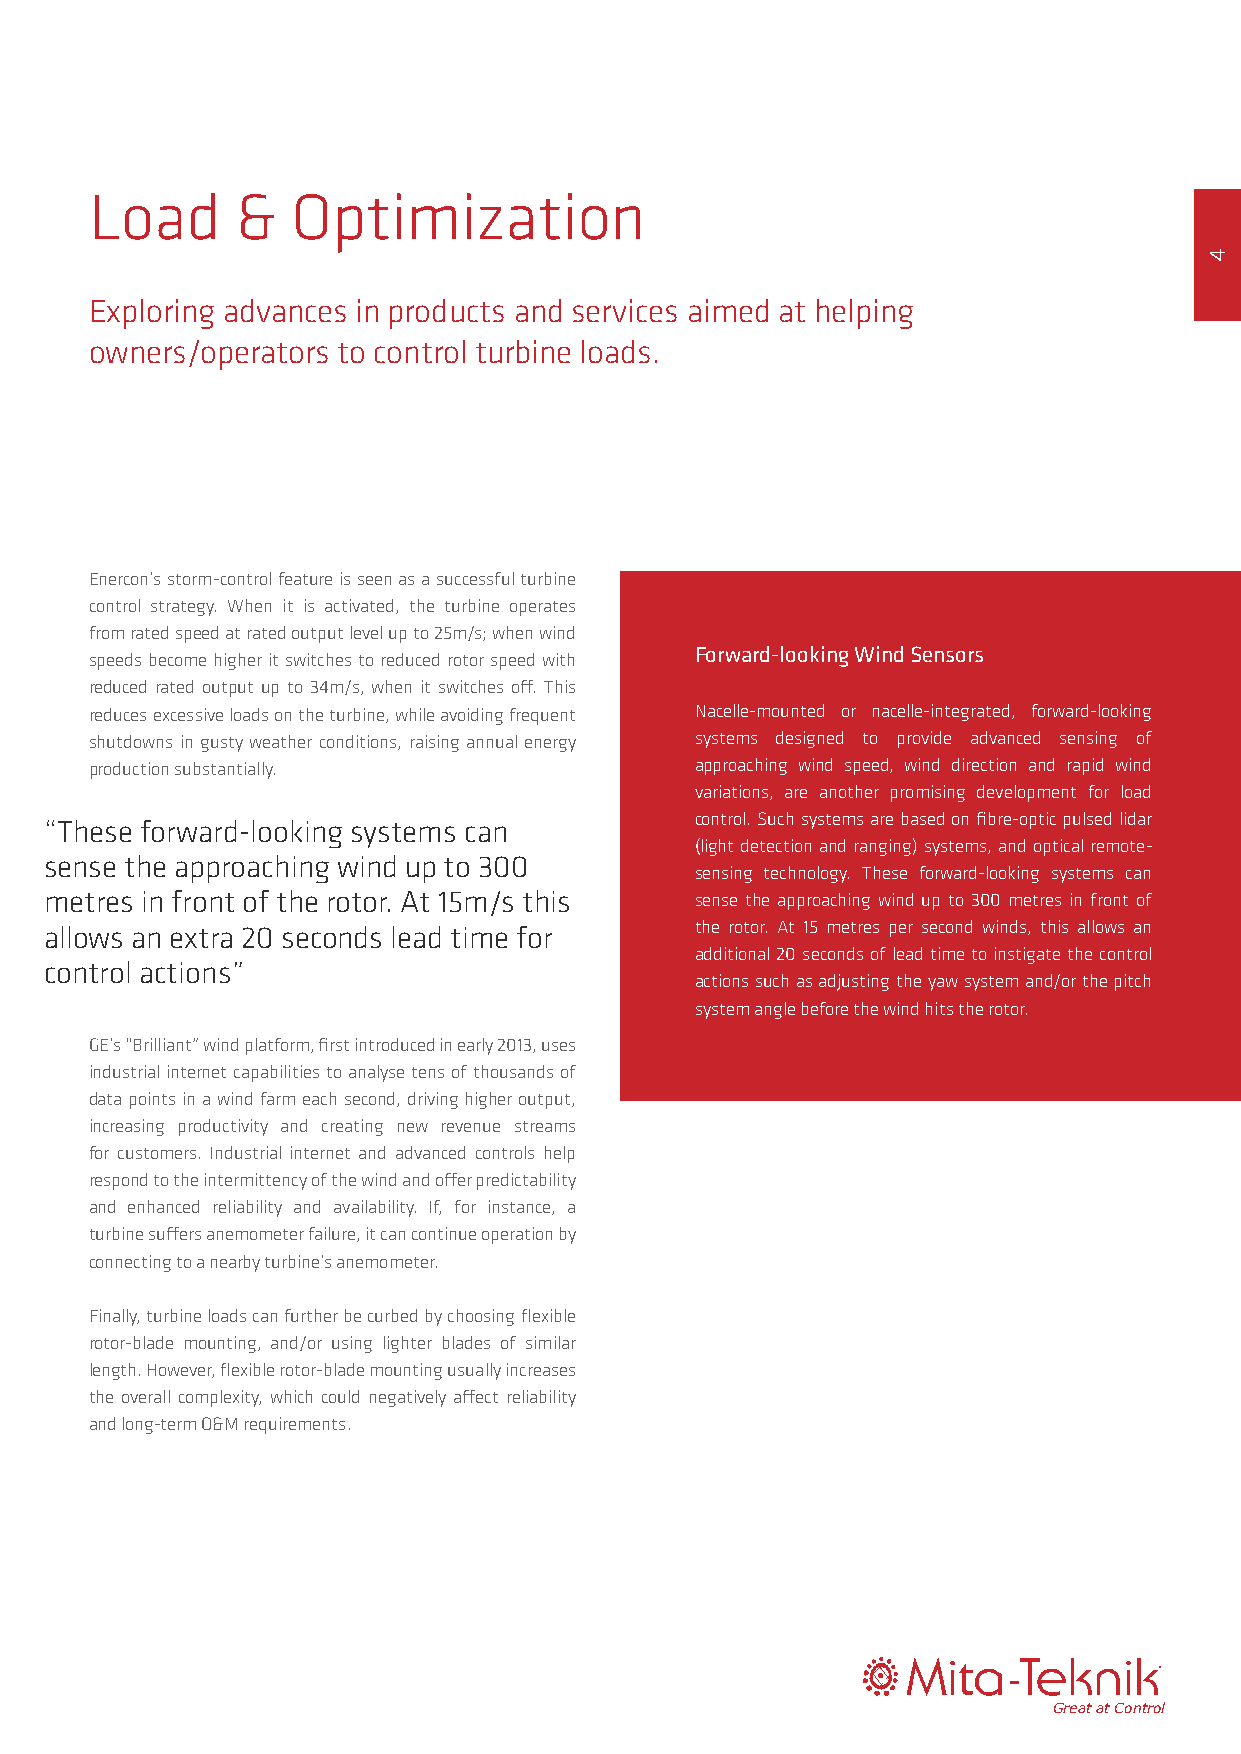
Load      &  Optimization
 Exploring advances in products and services aimed at helping
 owners/operators to control turbine loads.
 Enercon’s storm-control feature is seen as a successful turbine
 control strategy. When it is activated, the turbine operates
 from rated speed at rated output level up to 25m/s; when wind
 Forward-looking Wind Sensors
 speeds become higher it switches to reduced rotor speed with
 reduced rated output up to 34m/s, when it switches off. This
 reduces excessive loads on the turbine, while avoiding frequent Nacelle-mounted or nacelle-integrated, forward-looking
 shutdowns in gusty weather conditions, raising annual energy systems designed to provide advanced sensing of
 production substantially.               approaching wind speed, wind direction and rapid wind
 variations, are another promising development for load
 control. Such systems are based on fibre-optic pulsed lidar
 “These forward-looking systems can
 (light detection and ranging) systems, and optical remote-
 sense the approaching wind up to 300
 sensing technology. These forward-looking systems can
 metres in front of the rotor. At 15m/s this sense the approaching wind up to 300 metres in front of
 allows an extra 20 seconds lead time for   the rotor. At 15 metres per second winds, this allows an
 additional 20 seconds of lead time to instigate the control
 control actions”
 actions such as adjusting the yaw system and/or the pitch
 system angle before the wind hits the rotor.
 GE’s “Brilliant” wind platform, first introduced in early 2013, uses
 industrial internet capabilities to analyse tens of thousands of
 data points in a wind farm each second, driving higher output,
 increasing productivity and creating new revenue streams
 for customers. Industrial internet and advanced controls help
 respond to the intermittency of the wind and offer predictability
 and enhanced reliability and availability. If, for instance, a
 turbine suffers anemometer failure, it can continue operation by
 connecting to a nearby turbine’s anemometer.
 Finally, turbine loads can further be curbed by choosing flexible
 rotor-blade mounting, and/or using lighter blades of similar
 length. However, flexible rotor-blade mounting usually increases
 the overall complexity, which could negatively affect reliability
 and long-term O&M requirements.
 ®®
 GGrreeaatt aatt CCoonnttrrooll
 4